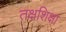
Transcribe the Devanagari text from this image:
तक्षशिक्षा